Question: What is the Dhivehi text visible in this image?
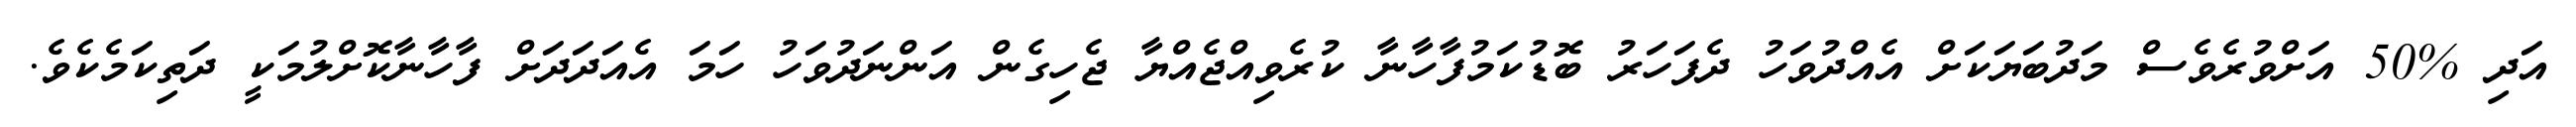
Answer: އަދި %50 އަށްވުރެވެސް މަދުބަޔަކަށް އެއްދުވަހު ދެފަހަރު ބޮޑުކަމުފާހާނާ ކުރެވިއްޖެއްޔާ ޖެހިގެން އަންނަދުވަހު ހަމަ އެއަދަދަށް ފާހާނާކޮށްލުމަކީ ދަތިކަމެކެވެ.